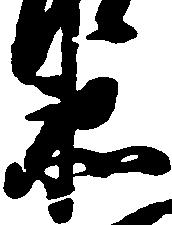
衛